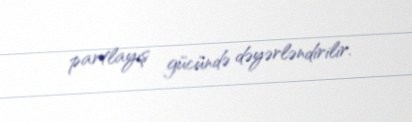
partlayış gücündə dəyərləndirilir.